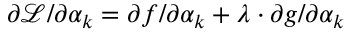
\partial { \mathcal { L } } / \partial \alpha _ { k } = \partial f / \partial \alpha _ { k } + \lambda \cdot \partial g / \partial \alpha _ { k }